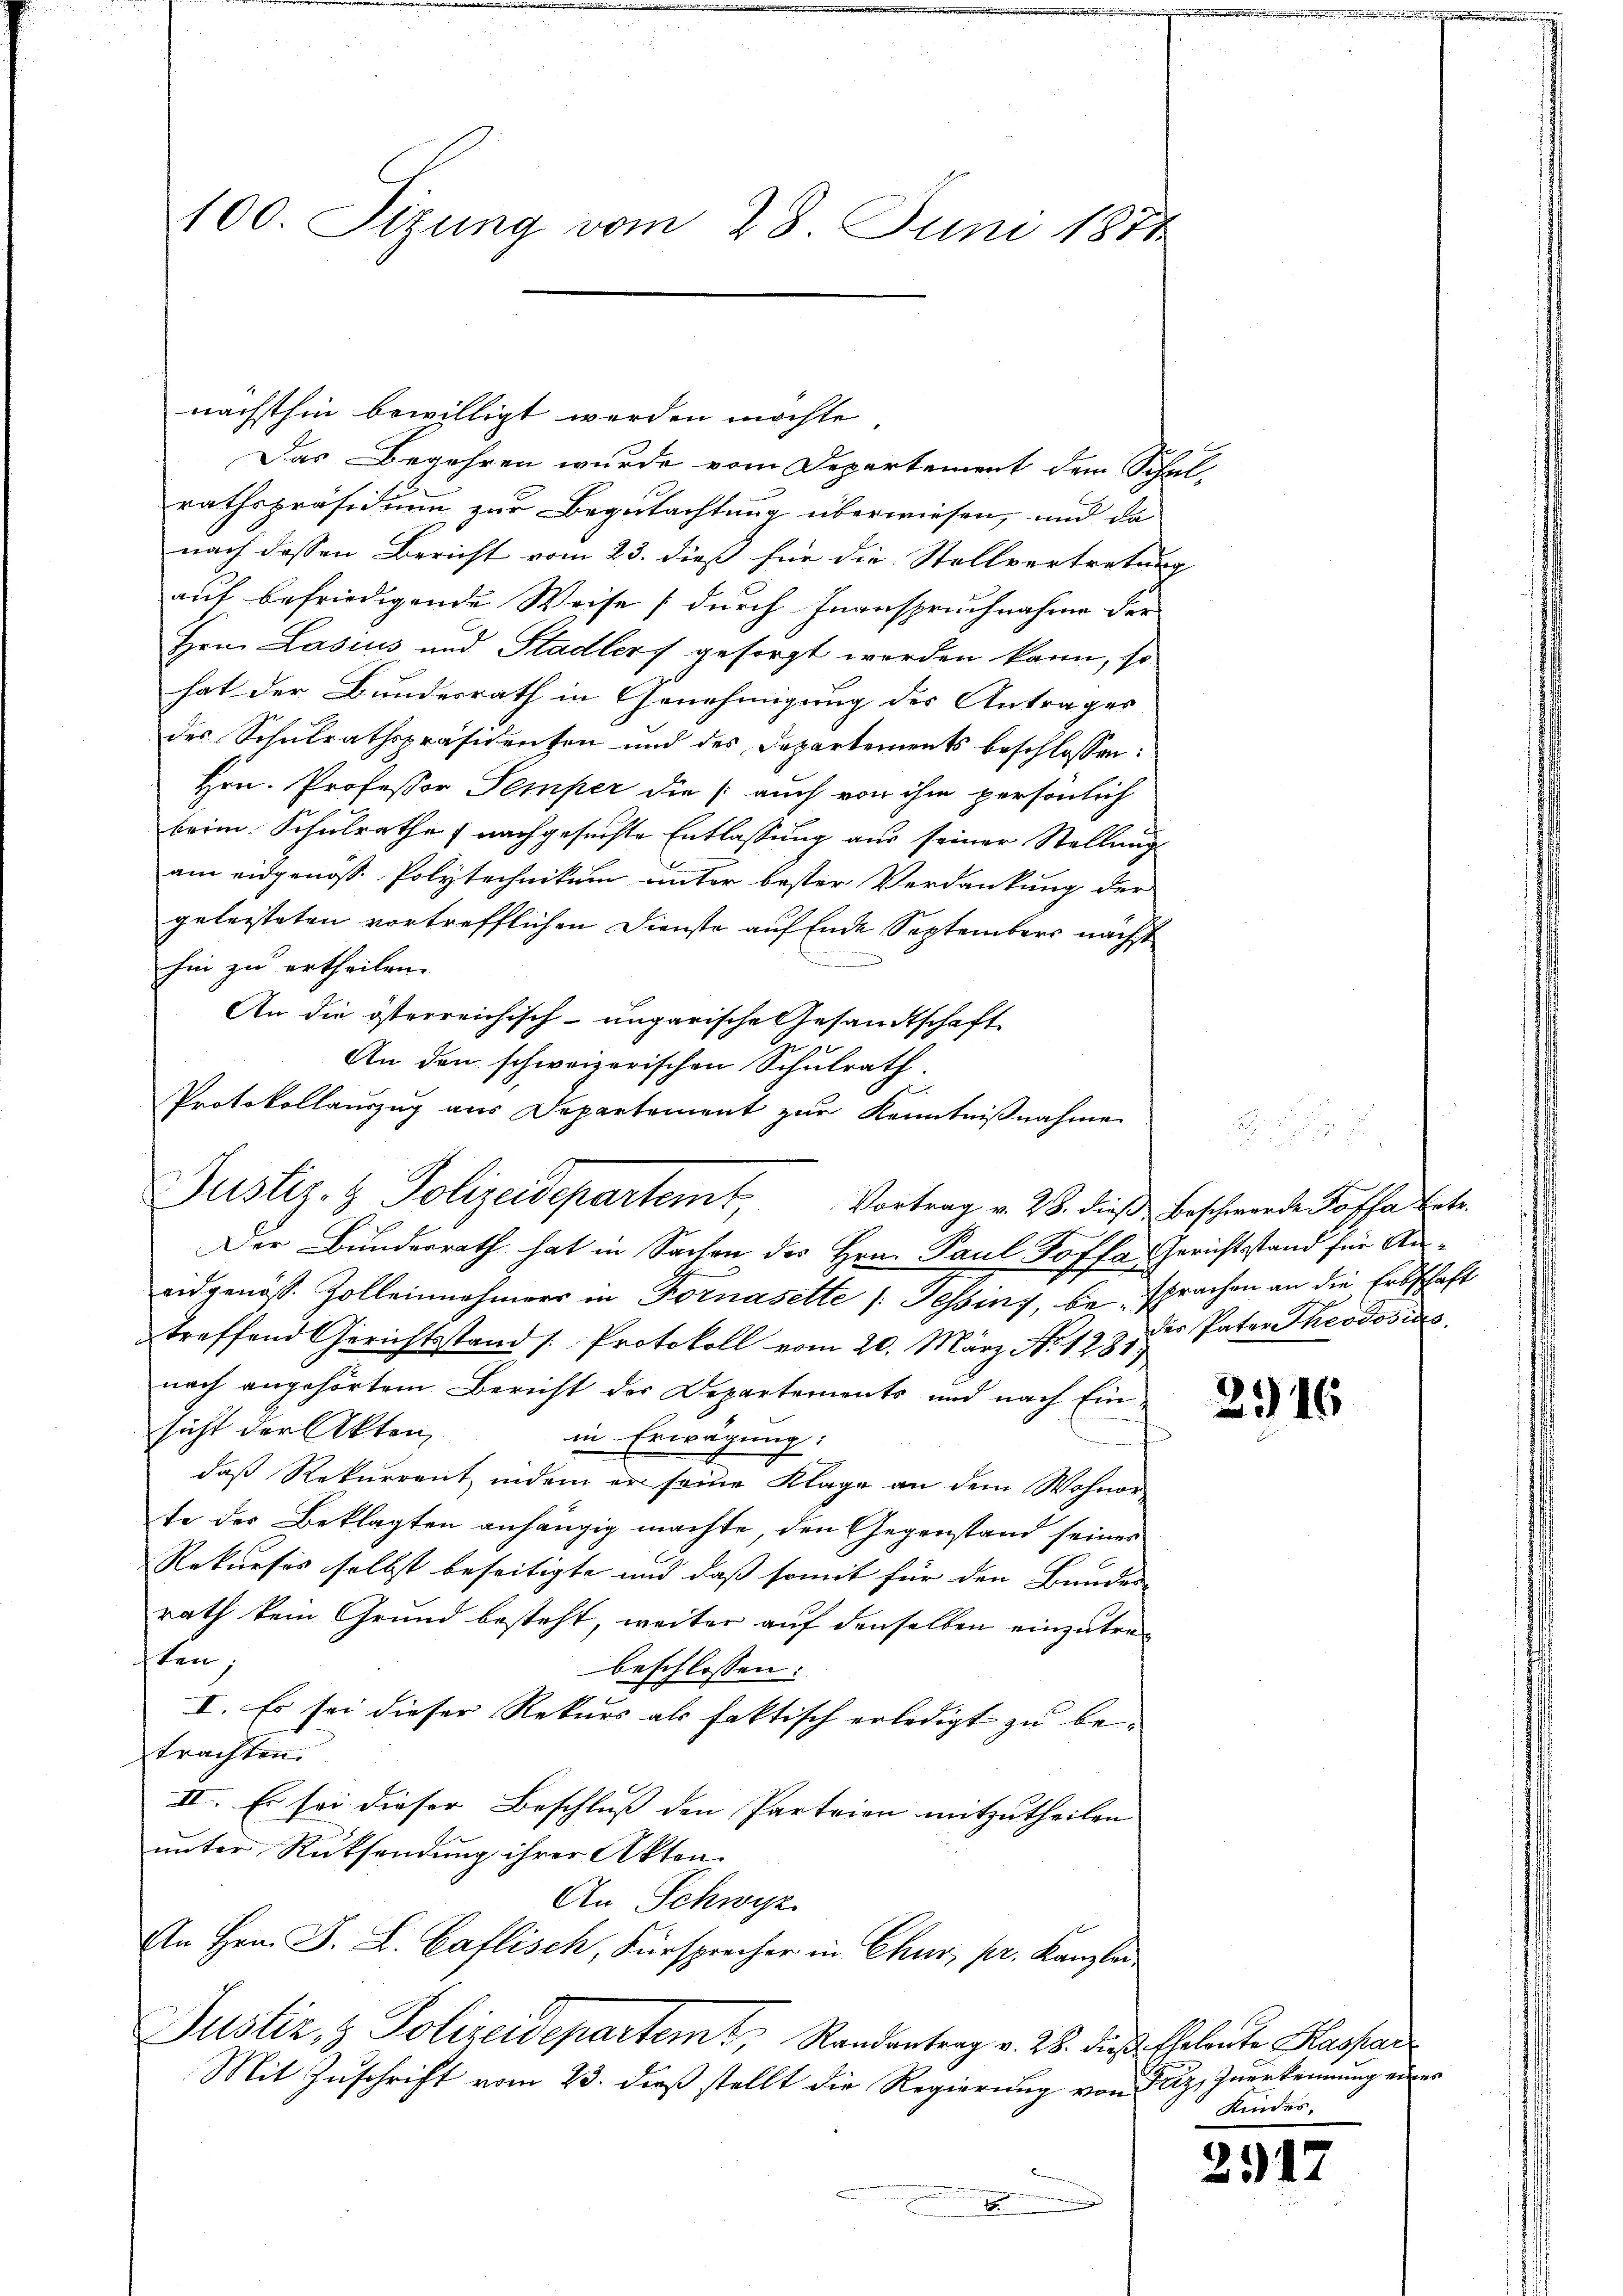
100. Sitzung vom 28. Juni 1811

nächsthin bewilligt werden möchte
Das Begehren wurde vom Departement dem Schulrathspräsidium zur Begutachtung überwiesen, und da
nach dessen Bericht vom 23. dieß für die Stellvertretung
auf befriedigende Weise (durch Inanspruchnahme der
Hrn. Lasius und Stadlers gesorgt werden kann, so
hat der Bundesrath in Genehmigung des Antrages
des Schulrathspräsidenten und des Departements beschlossen:
Hrn. Professor Semper die (auch von ihm persönlich
beim Schŭlrathe  nachgesŭchte Entlassŭng aŭs seiner Stellŭngs
am eidgenöß. Polytechnikum unter bester Verdankung der
gelasteten vortrefflichen Dienste auf Ende September nächst
hin zu ertheilen.
An die österreichisch-ungarische Gesandtschaft
An den schweizerischen Schulrath.
Protokollauszug aus Departement zŭr Kenntniβnahme

Justiz- & Polizeidepartem Vortrag v. 28. dieß Beschwerde Kassa betr.

Der Bundesrath hat in Sachen des Hrn. Paul Koffa Gerichtsstand für Aneidgenöss. Zolleinehmers in Fornasette (Tessing, besprachen an die Erbschaft
treffend Gerichtsstand /: Protokoll vom 20. März No 1281)
nach angehörtem Bericht der Departements und nach Einsicht der Akten,
in Erwägung:
daß Rekurrent, indem er seine Klage an dem Wohnorte des Beklagten anhängig machte, den Gegenstand seiner
Rekurses selbst beseitigte und daß somit für den Bundes
rath kein Grund besteht, weiter auf denselben einzutratten,
beschlossen:
I. Es sei dieser Rekurs als faktisch erledigt zu be-
trachten.
II. Es sei dieser Beschluss den Parteien mitzutheilen.
unter Rücksendung ihrer Akten.
An Schwyz
An Hrn. F. L. Caflisch, Fürsprecher in Chur, pr. Kanzlei
Justiz & Polizeidepartemt, Randantrag v. 28. dieß Thalente Kaspar
Mit Zuschrift vom 23. dieß stellt die Regierung von Freiz, Zuerkennung eines

des Pater Theodosius

2316

Kinder,

2917